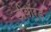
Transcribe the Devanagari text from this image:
डीवॉर्ड